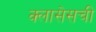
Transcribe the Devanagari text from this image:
क्लासेसची